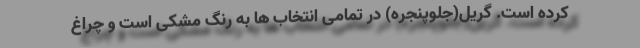
کرده است. گریل(جلوپنجره) در تمامی انتخاب ها به رنگ مشکی است و چراغ